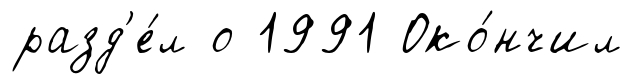
разд'е́л о 1991 Око́нчил